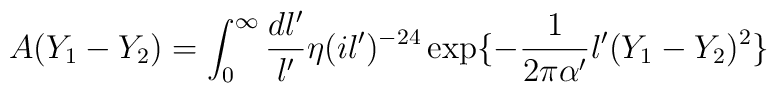
A(Y_1-Y_2)=\int_0^{\infty}\frac{dl^{\prime}}{l^{\prime}}\eta(il^{\prime})^{-24}\exp\{-\frac{1}{2\pi\alpha^{\prime}}l^{\prime}(Y_1-Y_2)^2\}